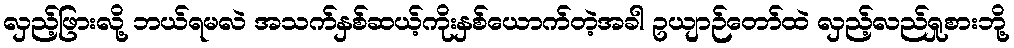
လှည့်ဖြားလို့ ဘယ်ရမလဲ အသက်နှစ်ဆယ့်ကိုးနှစ်ယောက်တဲ့အခါ ဥယျာဉ်တော်ထဲ လှည့်လည်ရှုစားဘို့